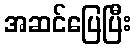
အဆင်ပြေပြီး